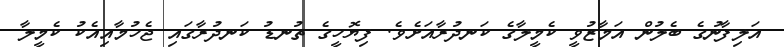
އަލިފާނުގެ ބެލުން އަމާޒުވީ ކެމީލާގެ ކަނދުރާއަށެވެ. ފިޔޮހީގެ ތުނޑު ކަނދުރާގައި ޖެހުމާއިއެކު ކެމީލާ